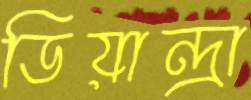
ডিয়ান্দ্রা